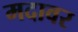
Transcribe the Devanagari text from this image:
मदावर